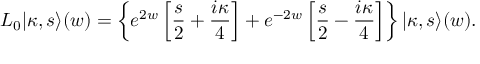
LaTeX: L _ { 0 } | \kappa , s \rangle ( w ) = \left\{ e ^ { 2 w } \left[ \frac { s } { 2 } + \frac { i \kappa } { 4 } \right] + e ^ { - 2 w } \left[ \frac { s } { 2 } - \frac { i \kappa } { 4 } \right] \right\} | \kappa , s \rangle ( w ) .